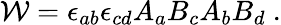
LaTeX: {\cal W}=\epsilon_{ab}\epsilon_{cd}A_{a}B_{c}A_{b}B_{d}~.